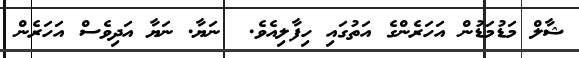
ޝާލް މަޑުމަޑުން އަހަރެންގެ އަތުގައި ހިފާލިއެވެ.  ނަޔާ. ނަޔާ އަދިވެސް އަހަރެން